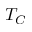
T _ { C }